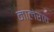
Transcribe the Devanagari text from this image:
मालेराव